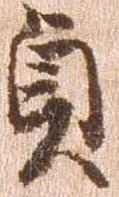
貞